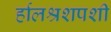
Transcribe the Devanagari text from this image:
र्हालश्रशपशी